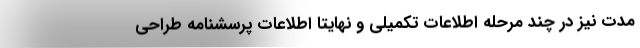
مدت نیز در چند مرحله اطلاعات تکمیلی و نهایتاً اطلاعات پرسشنامه طراحی